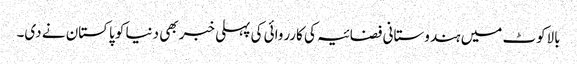
بالاکوٹ میں ہندوستانی فضائیہ کی کارروائی کی پہلی خبر بھی دنیا کو پاکستان نے دی۔